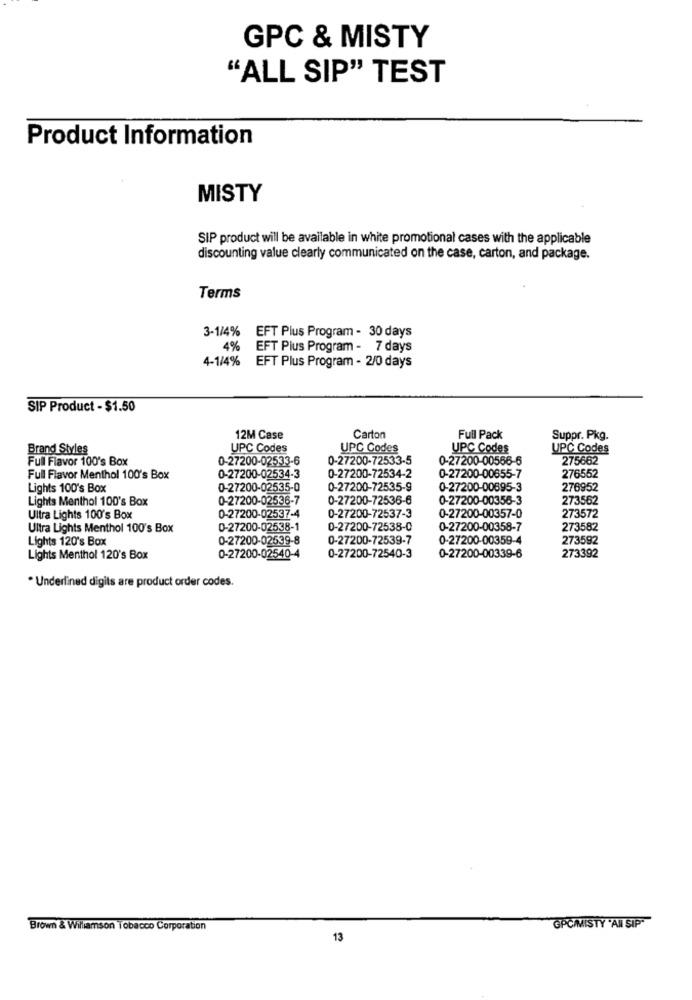
GPC & MISTY
"ALL SIP" TEST
Product Information
MISTY
SIP product will be available in white promotional cases with the applicable
discounting value clearly communicated on the case, carton, and package.
Terms
3-1/4% EFT Plus Program - 30 days
4%
EFT Plus Program - 7 days
4-1/4%
EFT Plus Program - 2/0 days
SIP Product - $1.50
12M Case
Carton
Full Pack
Suppr. Pkg.
Brand Styles
UPC Codes
UPC Codes
UPC Codes
UPC Codes
Full Flavor 100's Box
0-27200-02533-6
0-27200-72533-5
0-27200-00566-6
275662
Full Flavor Menthol 100's Box
0-27200-02534-3
0-27200-72534-2
0-27200-00655-7
276552
Lights 100's Box
0-27200-02535-0
0-27200-72535-9
0-27200-00695-3
276952
Lights Menthol 100's Box
0-27200-02536-7
0-27200-72536-6
0-27200-00356-3
273562
273572
Ultra Lights 100's Box
0-27200-02537-4
0-27200-72537-3
0-27200-00357-0
Ultra Lights Menthol 100's Box
0-27200-02538-1
0-27200-72538-0
0-27200-00358-7
273582
Lights 120's Box
0-27200-02539-8
0-27200-72539-7
0-27200-00359-4
273592
Lights Menthol 120's Box
0-27200-02540-4
0-27200-72540-3
0-27200-00339-6
273392
* Underlined digits are product order codes.
GPC/MISTY 'AN SIP"
Brown & Williamson Tobacco Corporation
13